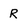
Character: R